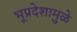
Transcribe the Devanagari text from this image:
भूप्रदेशामुळे